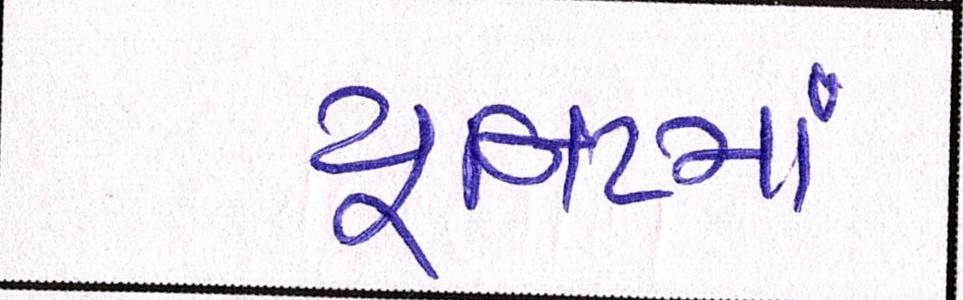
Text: યૂનિટમાં